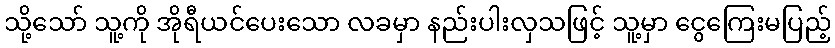
သို့သော် သူ့ကို အိုရီယင်ပေးသော လခမှာ နည်းပါးလှသဖြင့် သူ့မှာ ငွေကြေးမပြည့်